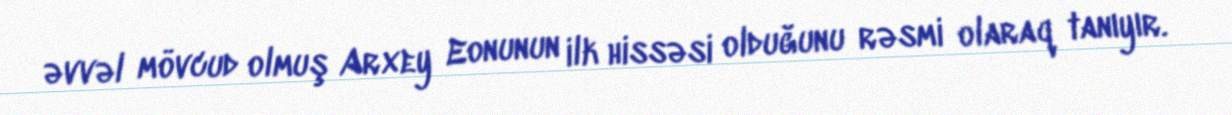
əvvəl mövcud olmuş Arxey Eonunun ilk hissəsi olduğunu rəsmi olaraq tanıyır.